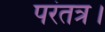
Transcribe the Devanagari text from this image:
परंतत्र।